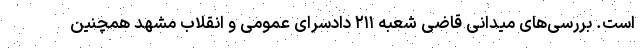
است. بررسی‌های میدانی قاضی شعبه ۲۱۱ دادسرای عمومی و انقلاب مشهد همچنین